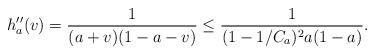
LaTeX: \begin{align*} h_a''(v) = \frac1{(a + v)(1 - a - v)} \leq \frac1{(1 - 1/C_a)^2 a(1 - a)}. \end{align*}